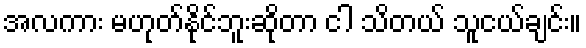
အလကား မဟုတ်နိုင်ဘူးဆိုတာ ငါ သိတယ် သူငယ်ချင်း။